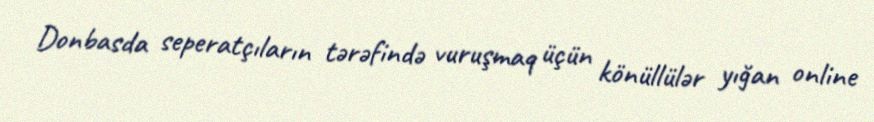
Donbasda seperatçıların tərəfində vuruşmaq üçün könüllülər yığan online